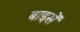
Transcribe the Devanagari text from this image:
बाइसें